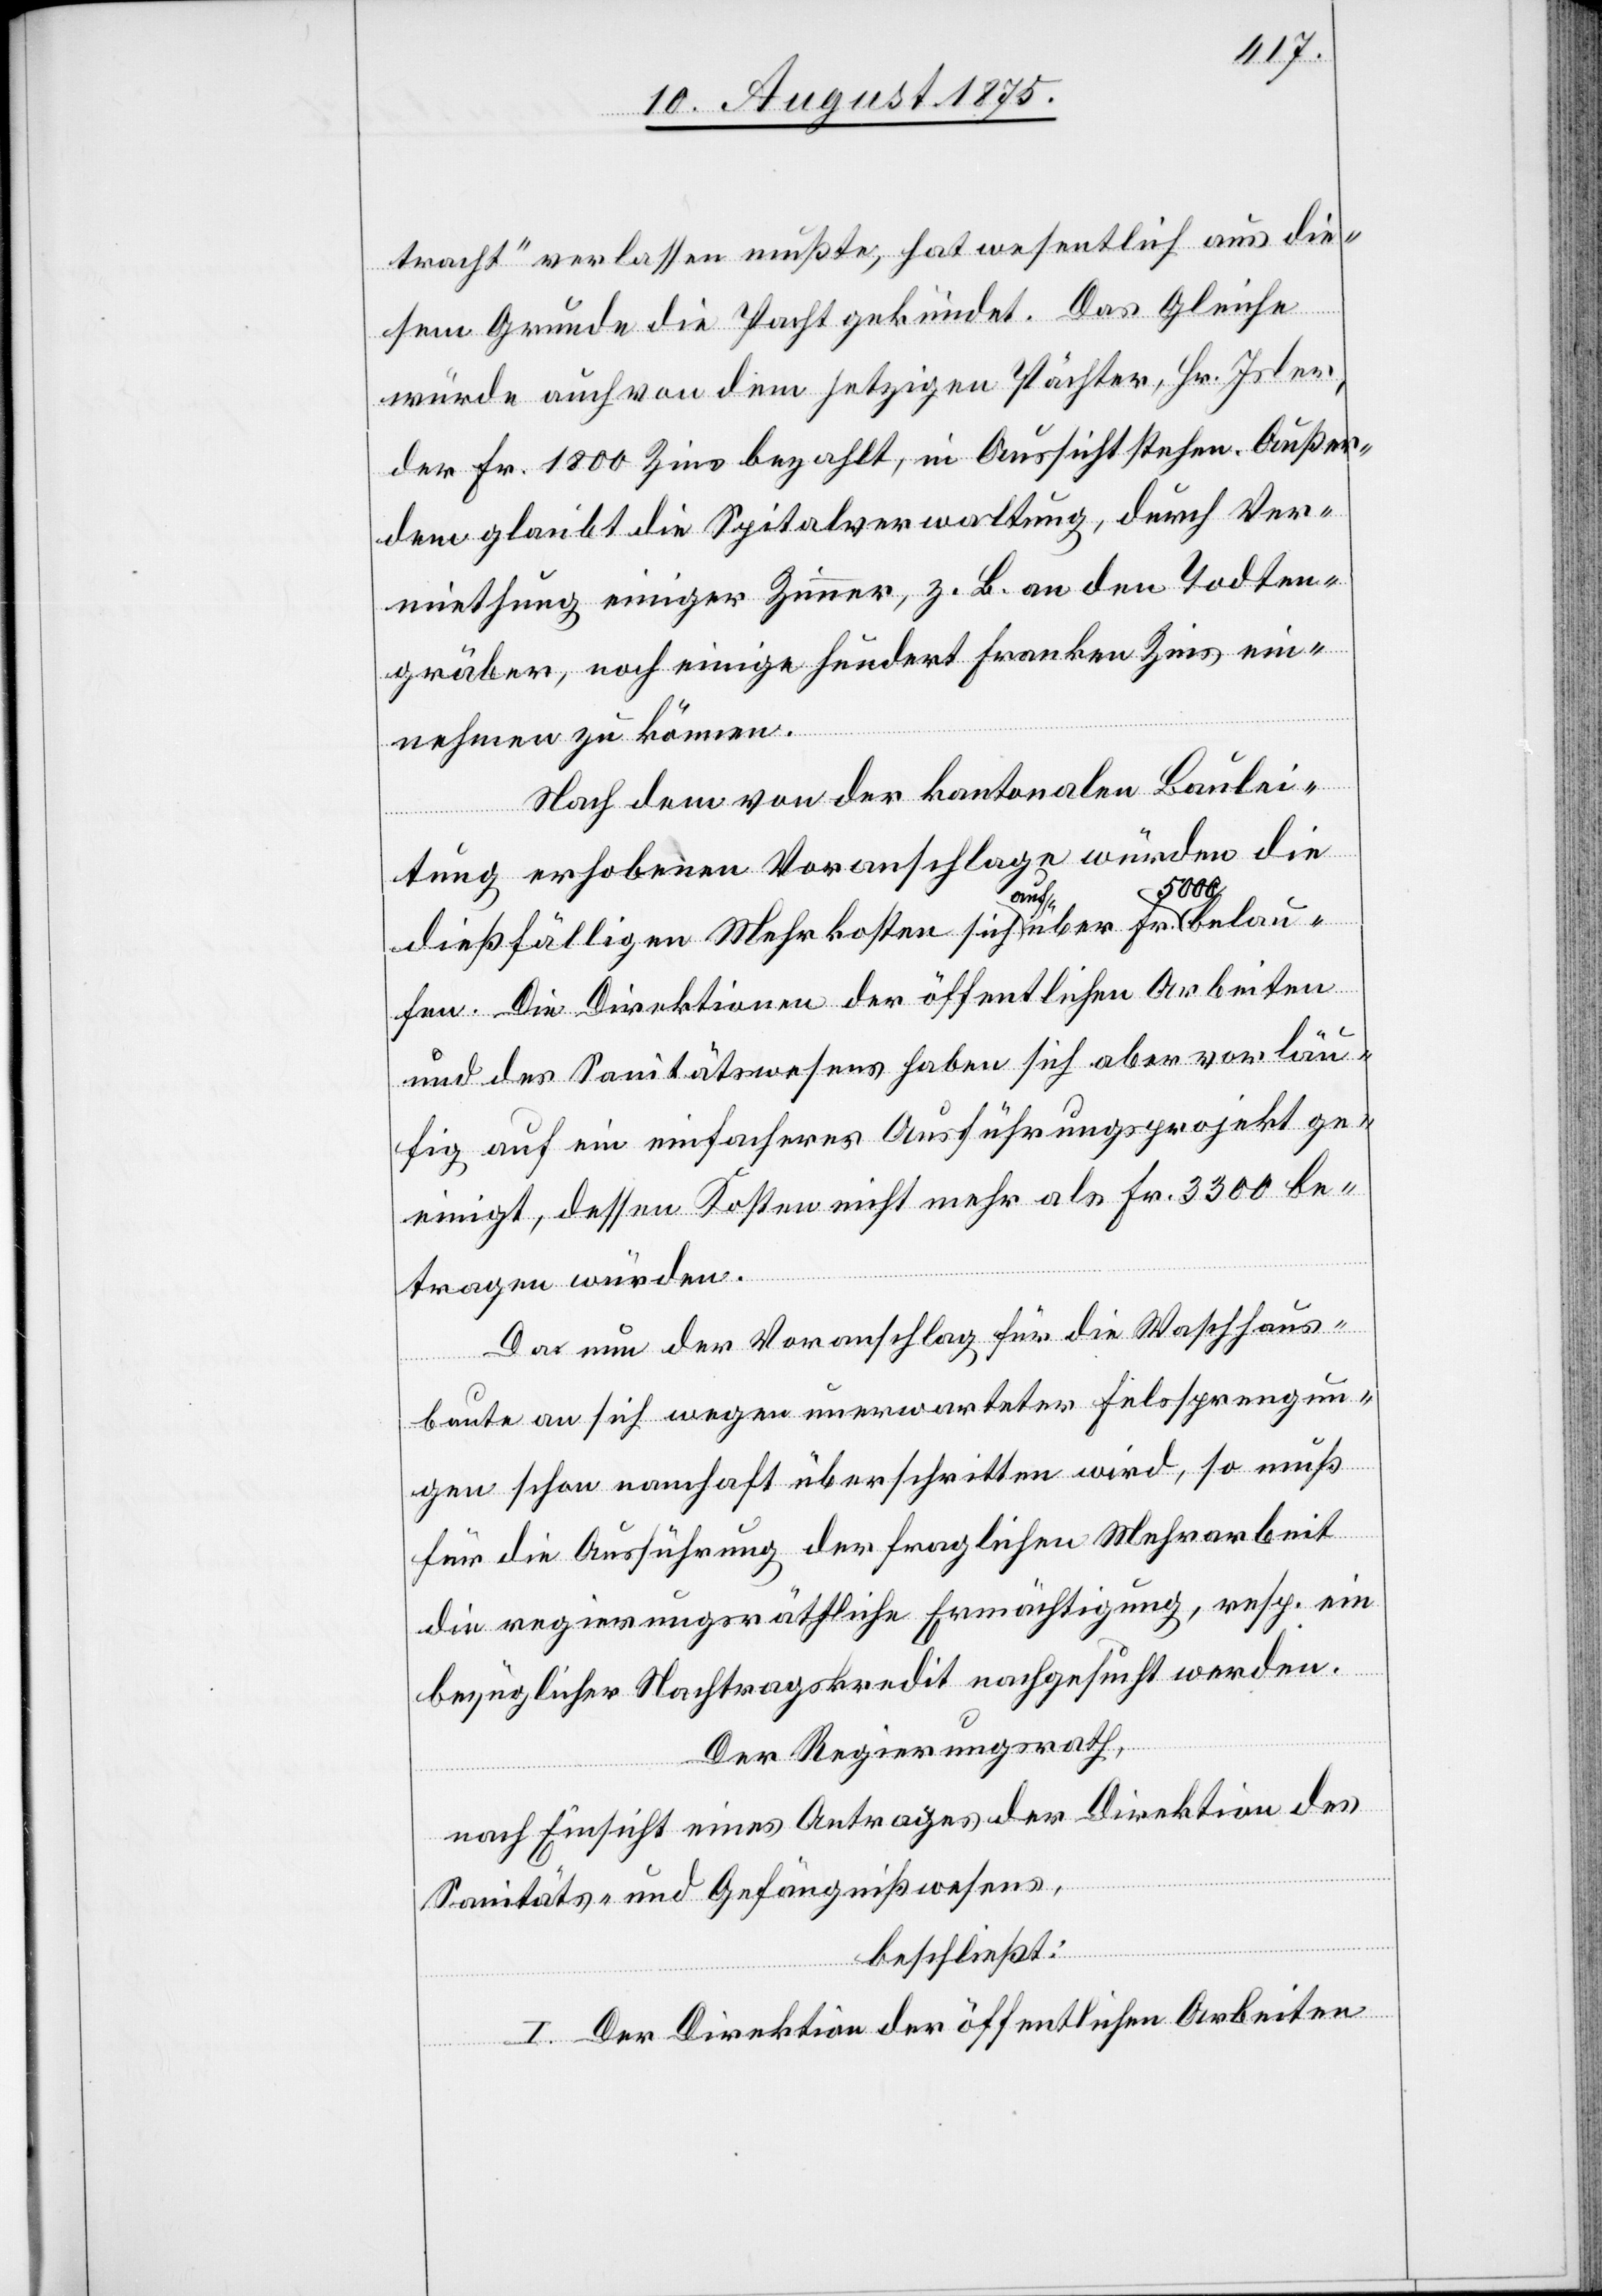
tracht“ verlassen mußte, hat wesentlich aus die¬
sem Grunde die Pacht gekündet. Das Gleiche
würde auch von dem jetzigen Pächter, Hr. Isler,
der Fr. 1800 Zins bezahlt, in Aussicht stehen. Außer¬
dem glaubt die Spitalverwaltung, durch Ver¬
miethung einiger Zimmer, z. B. an den Todten¬
gräber, noch einige hundert Franken Zins ein¬
nehmen zu können.
Nach dem von der kantonalen Baulei¬
tung erhobenen Voranschlage würden die
5000
belau¬
dießfälligen Mehrkosten sich auf über
fen. Die Direktionen der öffentlichen Arbeiten
und des Sanitätswesens haben sich aber vorläu¬
fig auf ein einfacheres Ausführungsprojekt ge¬
einigt, dessen Kosten nicht mehr als Fr. 3300 be¬
tragen würden.
Da nun der Voranschlag für die Waschhaus¬
baute an sich wegen unerwarteter Felssprengun¬
gen schon namhaft überschritten wird, so muß
für die Ausführung der fraglichen Mehrarbeit
die regierungsräthliche Ermächtigung, resp. ein
bezüglicher Nachtragskredit nachgesucht werden.
Der Regierungsrath,
nach Einsicht eines Antrages der Direktion des
Sanitäts- und Gefängnißwesens,
beschließt:
I. Der Direktion der öffentlichen Arbeiten
Fr.